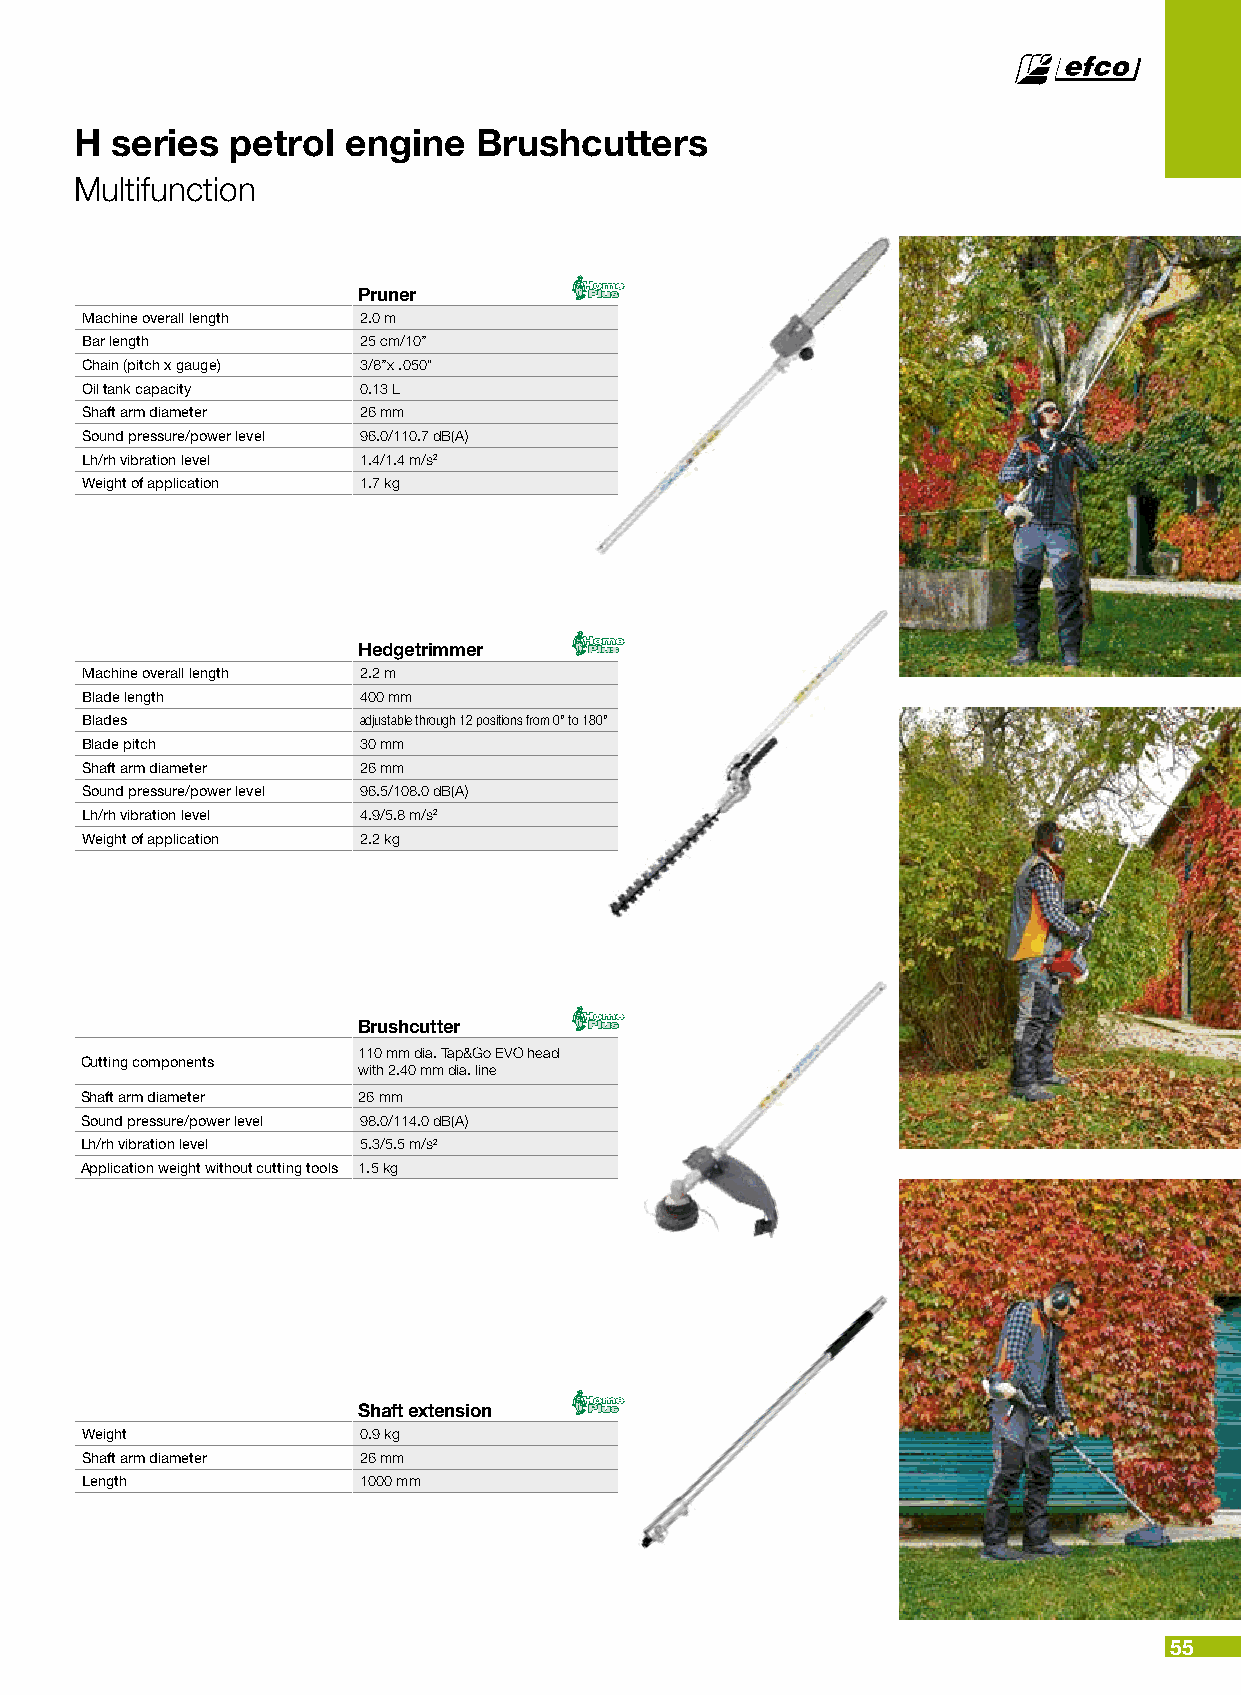
H series  petrol  engine   Brushcutters
 Multifunction
 Pruner
 Machine overall length 2.0 m
 Bar length         25 cm/10’’
 Chain (pitch x gauge) 3/8’’x .050”
 Oil tank capacity  0.13 L
 Shaft arm diameter 26 mm
 Sound pressure/power level 96.0/110.7 dB(A)
 Lh/rh vibration level 1.4/1.4 m/s2
 Weight of application 1.7 kg
 Hedgetrimmer
 Machine overall length 2.2 m
 Blade length       400 mm
 Blades             adjustable through 12 positions from 0° to 180°
 Blade pitch        30 mm
 Shaft arm diameter 26 mm
 Sound pressure/power level 96.5/108.0 dB(A)
 Lh/rh vibration level 4.9/5.8 m/s2
 Weight of application 2.2 kg
 Brushcutter
 110 mm dia. Tap&Go EVO head
 Cutting components
 with 2.40 mm dia. line
 Shaft arm diameter 26 mm
 Sound pressure/power level 98.0/114.0 dB(A)
 Lh/rh vibration level 5.3/5.5 m/s2
 Application weight without cutting tools 1.5 kg
 Shaft extension
 Weight             0.9 kg
 Shaft arm diameter 26 mm
 Length             1000 mm
 55